Civil Veterinary Dept. North-West Frontier Province 1923-32 - 1923-1932
Year: 1923
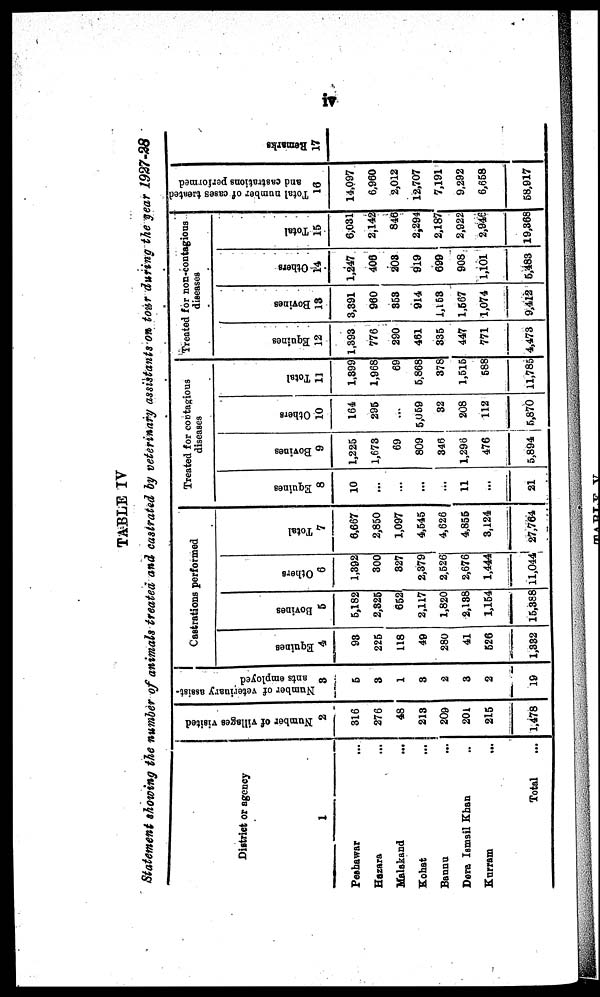
iv
TABLE IV
Statement showing the number of animals treated and castrated by veterinary assistants on tour during the year 1927-28
District or agency
1
Peshawar
...
Hazara ...
Malakand ...
Kohat ...
Bannu ...
Dera Ismail Khan ..
Kurram
...
Total ...
Number of villages visited
2
316
276
48
213
209
201
215
1,478
Number of veterinary assist-
ants employed
3
5
3
1
3
2
3
2
19
Castrations performed
Equines
4
93
225
118
49
280
41
526
1,332
Bovines
5
5,182
2,325
652
2,117
1,820
2,138
1,154
15,388
Others
6
1,392
300
327
2,379
2,526
2,676
1,444
11,044
Total
7
6,667
2,850
1,097
4,545
4,626
4,855
3,124
27,764
Treated for contagious
diseases
Equines
8
10
...
...
...
...
11
...
21
Bovines
9
1,225
1,673
69
809
346
1,296
476
5,894
Others
10
164
295
...
5,059
32
208
112
5,870
Total
11
1,399
1,968
69
5,868
378
1,515
588
11,785
Treated for non-contagious
diseases
Equines
12
1,393
776
290
461
335
447
771
4,473
Bovines
13
3,391
960
353
914
1,153
1,567
1,074
9,412
Others
14
1,247
406
203
919
699
908
1,101
5,483
Total
15
6,031
2,142
846
2,294
2,187
2,922
2,946
19,368
Total number of cases treated
and castrations performed
16
14,097
6,960
2,012
12,707
7,191
9,292
6,658
58,917
Remarks
17